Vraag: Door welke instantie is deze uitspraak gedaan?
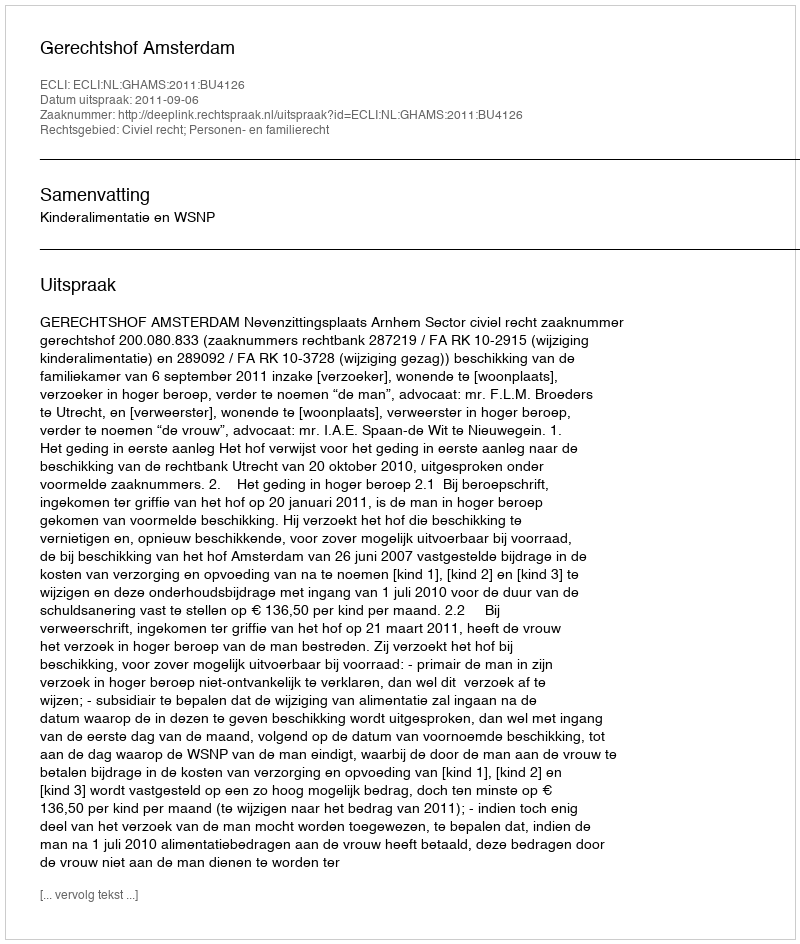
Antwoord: Gerechtshof Amsterdam